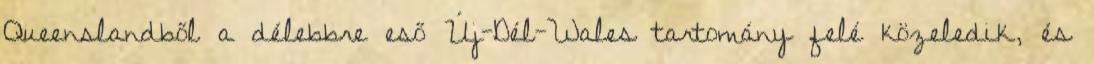
Queenslandből a délebbre eső Új-Dél-Wales tartomány felé közeledik, és